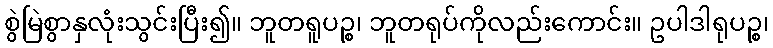
စွဲမြဲစွာနှလုံးသွင်းပြီး၍။ ဘူတရူပဉ္စ၊ ဘူတရုပ်ကိုလည်းကောင်း။ ဥပါဒါရုပဉ္စ၊